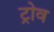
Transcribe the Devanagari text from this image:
ट्रोव